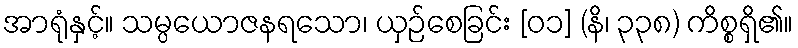
အာရုံနှင့်။ သမ္ပယောဇနရသော၊ ယှဉ်စေခြင်း [၀၁] (နိ၊ ၃၃၈) ကိစ္စရှိ၏။